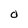
Character: 0